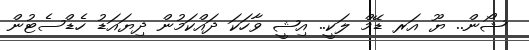
ޝޯން.. ޔޫ އަރ ޑޭމް ލަކީ.. އިޝީ ވާހަކަ ދައްކަމުން ދިޔައަޑު ހެޑްސެޓުން